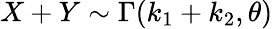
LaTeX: X+Y\sim\Gamma(k_{1}+k_{2},\theta)